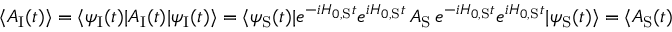
\langle A _ { \mathrm { I } } ( t ) \rangle = \langle \psi _ { \mathrm { I } } ( t ) | A _ { \mathrm { I } } ( t ) | \psi _ { \mathrm { I } } ( t ) \rangle = \langle \psi _ { \mathrm { S } } ( t ) | e ^ { - i H _ { 0 , { \mathrm { S } } } t } e ^ { i H _ { 0 , { \mathrm { S } } } t } \, A _ { \mathrm { S } } \, e ^ { - i H _ { 0 , { \mathrm { S } } } t } e ^ { i H _ { 0 , { \mathrm { S } } } t } | \psi _ { \mathrm { S } } ( t ) \rangle = \langle A _ { \mathrm { S } } ( t ) \rangle .